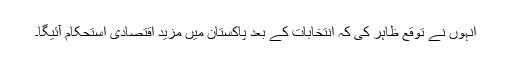
انہوں نے توقع ظاہر کی کہ انتخابات کے بعد پاکستان میں مزید اقتصادی استحکام آئیگا۔